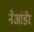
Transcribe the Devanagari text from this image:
नेआंडेर